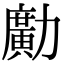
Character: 𠢹